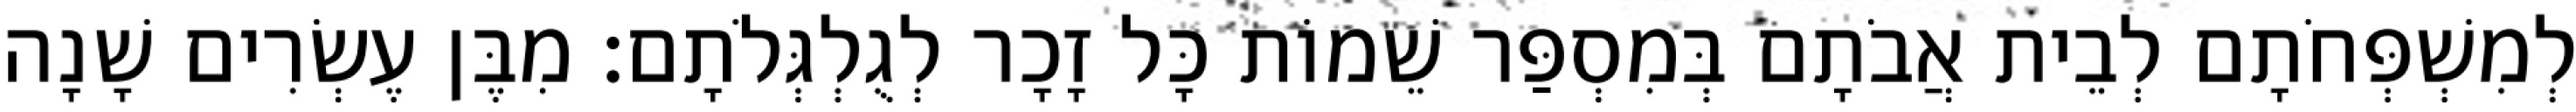
לְמִשְׁפְּחֹתָם לְבֵית אֲבֹתָם בְּמִסְפַּר שֵׁמוֹת כָּל זָכָר לְגֻלְגְּלֹתָם׃ מִבֶּן עֶשְׂרִים שָׁנָה